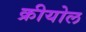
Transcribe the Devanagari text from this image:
क्रीयोल